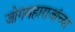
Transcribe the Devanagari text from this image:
जोगमहाराजांच्या